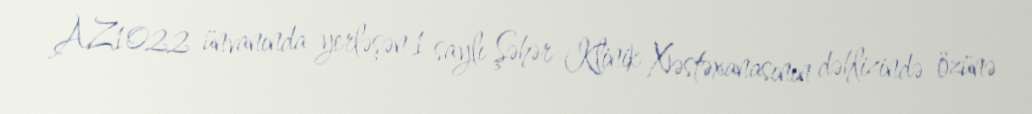
AZ1022 ünvanında yerləşən 1 saylı Şəhər Klinik Xəstəxanasının dəhlizində özünə